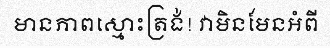
មានភាពស្មោះត្រង់! វាមិនមែនអំពី